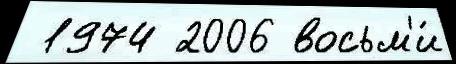
 1974 2006 восьм'и́